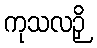
ကုသလဉှိ